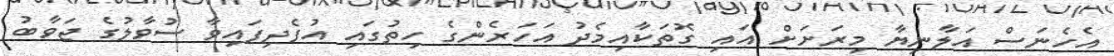
އެހެނަސް އަލާނިޔާ މިރަށަށް އައި ގޮތަކާއިމެދު އަހަރެންގެ ހިތުގައި އުފެދިފައިވާ ސުވާލުގެ ޖަވާބު